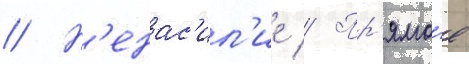
// Н'енас'ил'ие // Пр'ямо́е